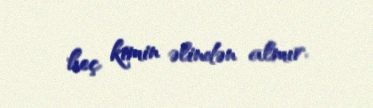
heç kimin əlindən almır.